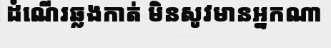
ដំណើរឆ្លងកាត់ មិនសូវមានអ្នកណា